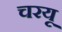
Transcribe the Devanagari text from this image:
चरयू